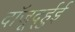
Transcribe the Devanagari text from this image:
दॉजूर्द्हुई